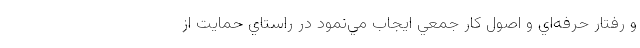
و رفتار حرفه‌اي و اصول كار جمعي ايجاب مي‌نمود در راستاي حمايت از